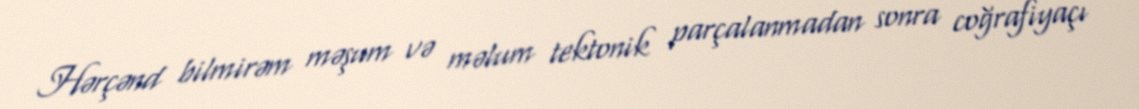
Hərçənd bilmirəm məşum və məlum tektonik parçalanmadan sonra coğrafiyaçı